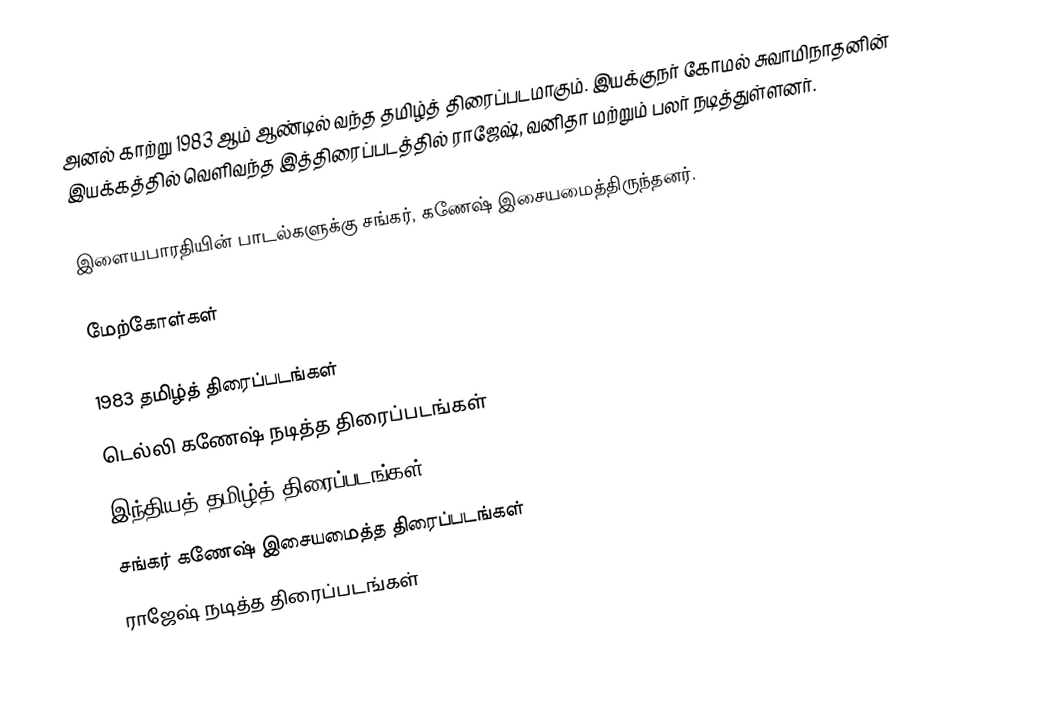
அனல் காற்று 1983  ஆம் ஆண்டில் வந்த தமிழ்த் திரைப்படமாகும். இயக்குநர் கோமல் சுவாமிநாதனின் இயக்கத்தில் வெளிவந்த இத்திரைப்படத்தில் ராஜேஷ், வனிதா மற்றும் பலர் நடித்துள்ளனர்.

இளையபாரதியின் பாடல்களுக்கு சங்கர், கணேஷ் இசையமைத்திருந்தனர்.

மேற்கோள்கள்

1983 தமிழ்த் திரைப்படங்கள்
டெல்லி கணேஷ் நடித்த திரைப்படங்கள்
இந்தியத் தமிழ்த் திரைப்படங்கள்
சங்கர் கணேஷ் இசையமைத்த திரைப்படங்கள்
ராஜேஷ் நடித்த திரைப்படங்கள்